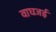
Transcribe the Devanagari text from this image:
वाघजई